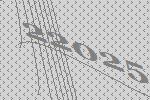
22025